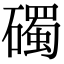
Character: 𥖠